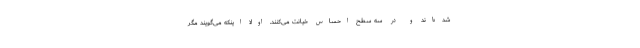
شد‌ه‌اند و در سه سطح احساس خیانت می‌کنند. اولاً اینکه می‌گویند مگر